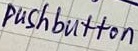
Text: pushbutton